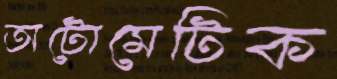
অটোমেটিক